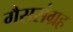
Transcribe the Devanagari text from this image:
गैससंग्रह